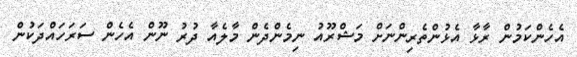
އެހެންކަމުން ރާޅާ އެޅުންތެރިންނަށް މަޝްރޫއު ނިމެންދެން މާލެއާ ދުރު ނޫން އެހެން ސަރަހައްދަކުން